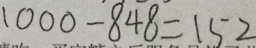
1 0 0 0 - 8 4 8 = 1 5 2